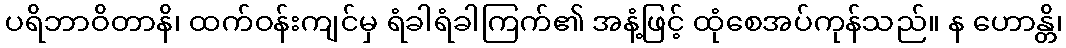
ပရိဘာဝိတာနိ၊ ထက်ဝန်းကျင်မှ ရံခါရံခါကြက်၏ အနံ့ဖြင့် ထုံစေအပ်ကုန်သည်။ န ဟောန္တိ၊